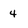
Character: 4